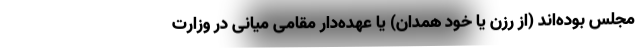
مجلس بوده‌اند (از رزن یا خود همدان) یا عهده‌دار مقامی میانی در وزارت